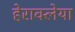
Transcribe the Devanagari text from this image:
हेराक्लेया